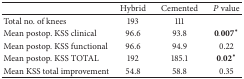
|  | Hybrid | Cemented | P value |
 | --- | --- | --- | --- |
 | Total no. of knees | 193 | 111 |  |
 | Mean postop. KSS clinical | 96.6 | 93.8 | 0.007* |
 | Mean postop. KSS functional | 96.6 | 94.9 | 0.22 |
 | Mean postop. KSS TOTAL | 192 | 185.1 | 0.02* |
 | Mean KSS total improvement | 54.8 | 58.8 | 0.35 |